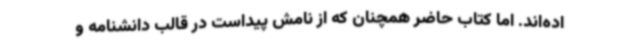
اده‌اند. اما کتاب حاضر همچنان که از نامش پیداست در قالب دانشنامه و